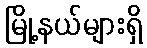
မြို့နယ်များရှိ